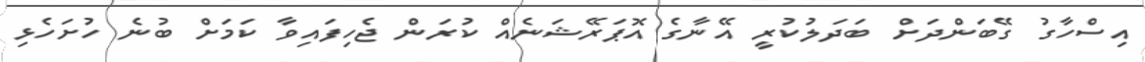
އިސްހާގު ގޭބަންދަށް ބަދަލުކުރީ އޭނާގެ އޮޕަރޭޝަނެއް ކުރަން ޖެހިފައިވާ ކަމަށް ބުނެ ހުށަހެޅި